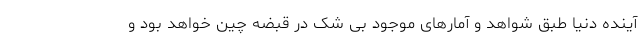
آینده دنیا طبق شواهد و آمارهای موجود بی شک در قبضه چین خواهد بود و